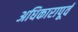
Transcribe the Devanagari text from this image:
अधिकारापूर्व